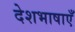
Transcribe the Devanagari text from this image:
देशभाषाएँ